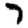
Digit: 7